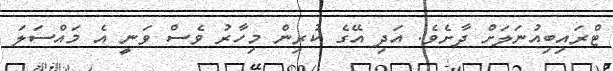
ޓްރައިބިއުނަލަށް ދާށެވެ. އަދި އޭގެ ކުރިން މިހާރު ވެސް ވަނީ އެ މައްސަލަ